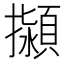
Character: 㩩